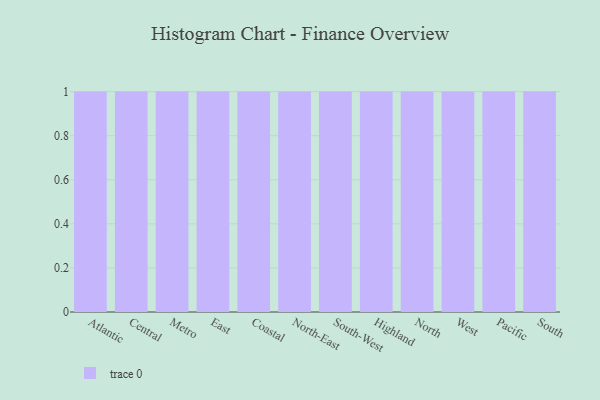
{"axis": {"x": "Region", "y": "Backlog"}, "legend": [""], "data": [{"x": "Atlantic", "y": 59, "type": ""}, {"x": "Central", "y": 72, "type": ""}, {"x": "Metro", "y": 4, "type": ""}, {"x": "East", "y": 19, "type": ""}, {"x": "Coastal", "y": 61, "type": ""}, {"x": "North-East", "y": 31, "type": ""}, {"x": "South-West", "y": 28, "type": ""}, {"x": "Highland", "y": 81, "type": ""}, {"x": "North", "y": 86, "type": ""}, {"x": "West", "y": 60, "type": ""}, {"x": "Pacific", "y": 6, "type": ""}, {"x": "South", "y": 54, "type": ""}]}